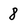
Character: 8